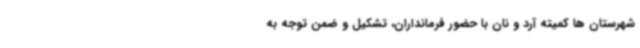
شهرستان ها کمیته آرد و نان با حضور فرمانداران، تشکیل و ضمن توجه به